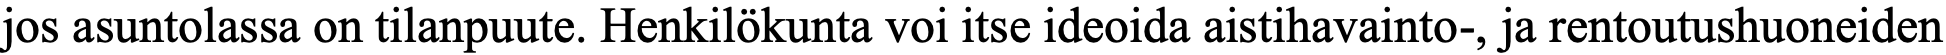
jos asuntolassa on tilanpuute. Henkilökunta voi itse ideoida aistihavainto-, ja rentoutushuoneiden